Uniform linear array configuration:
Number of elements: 8
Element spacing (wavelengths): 0.5
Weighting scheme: hann
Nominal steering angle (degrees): -60
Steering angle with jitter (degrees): -58.625
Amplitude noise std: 0.05
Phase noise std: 0.05

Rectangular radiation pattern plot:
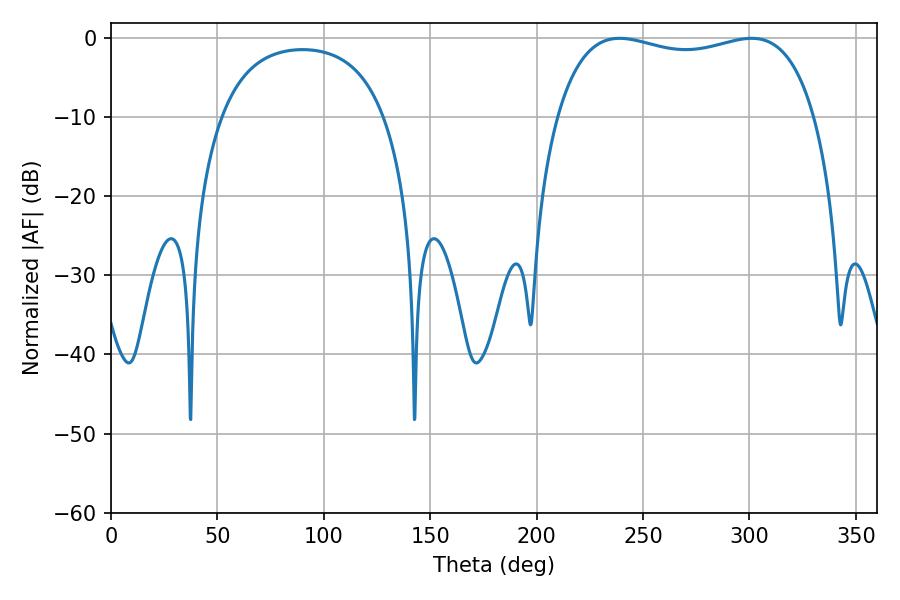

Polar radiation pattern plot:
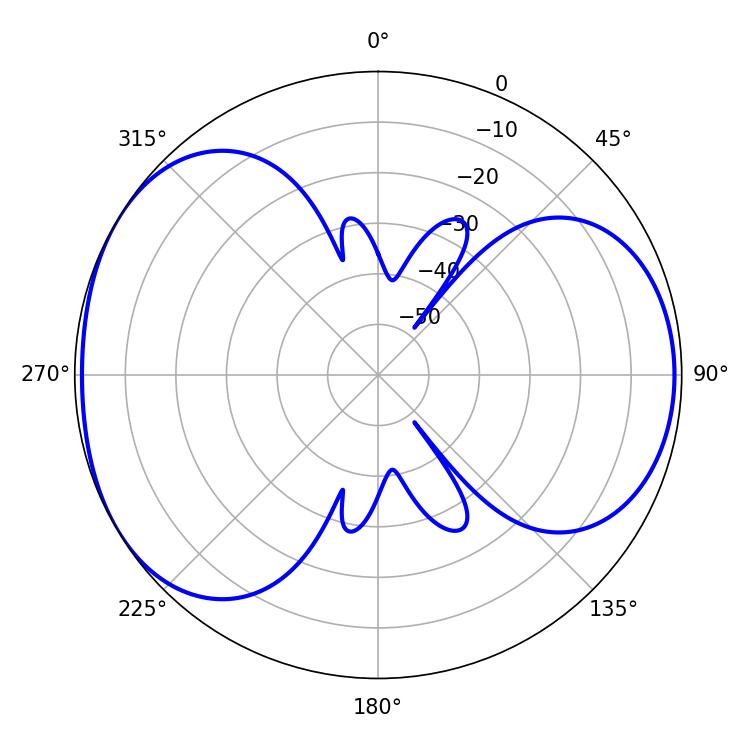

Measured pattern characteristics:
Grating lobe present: FALSE
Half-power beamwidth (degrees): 98.64
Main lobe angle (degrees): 239.04